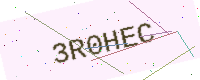
Text: 3R0HEC